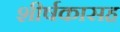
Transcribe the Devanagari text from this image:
शीर्षकासह